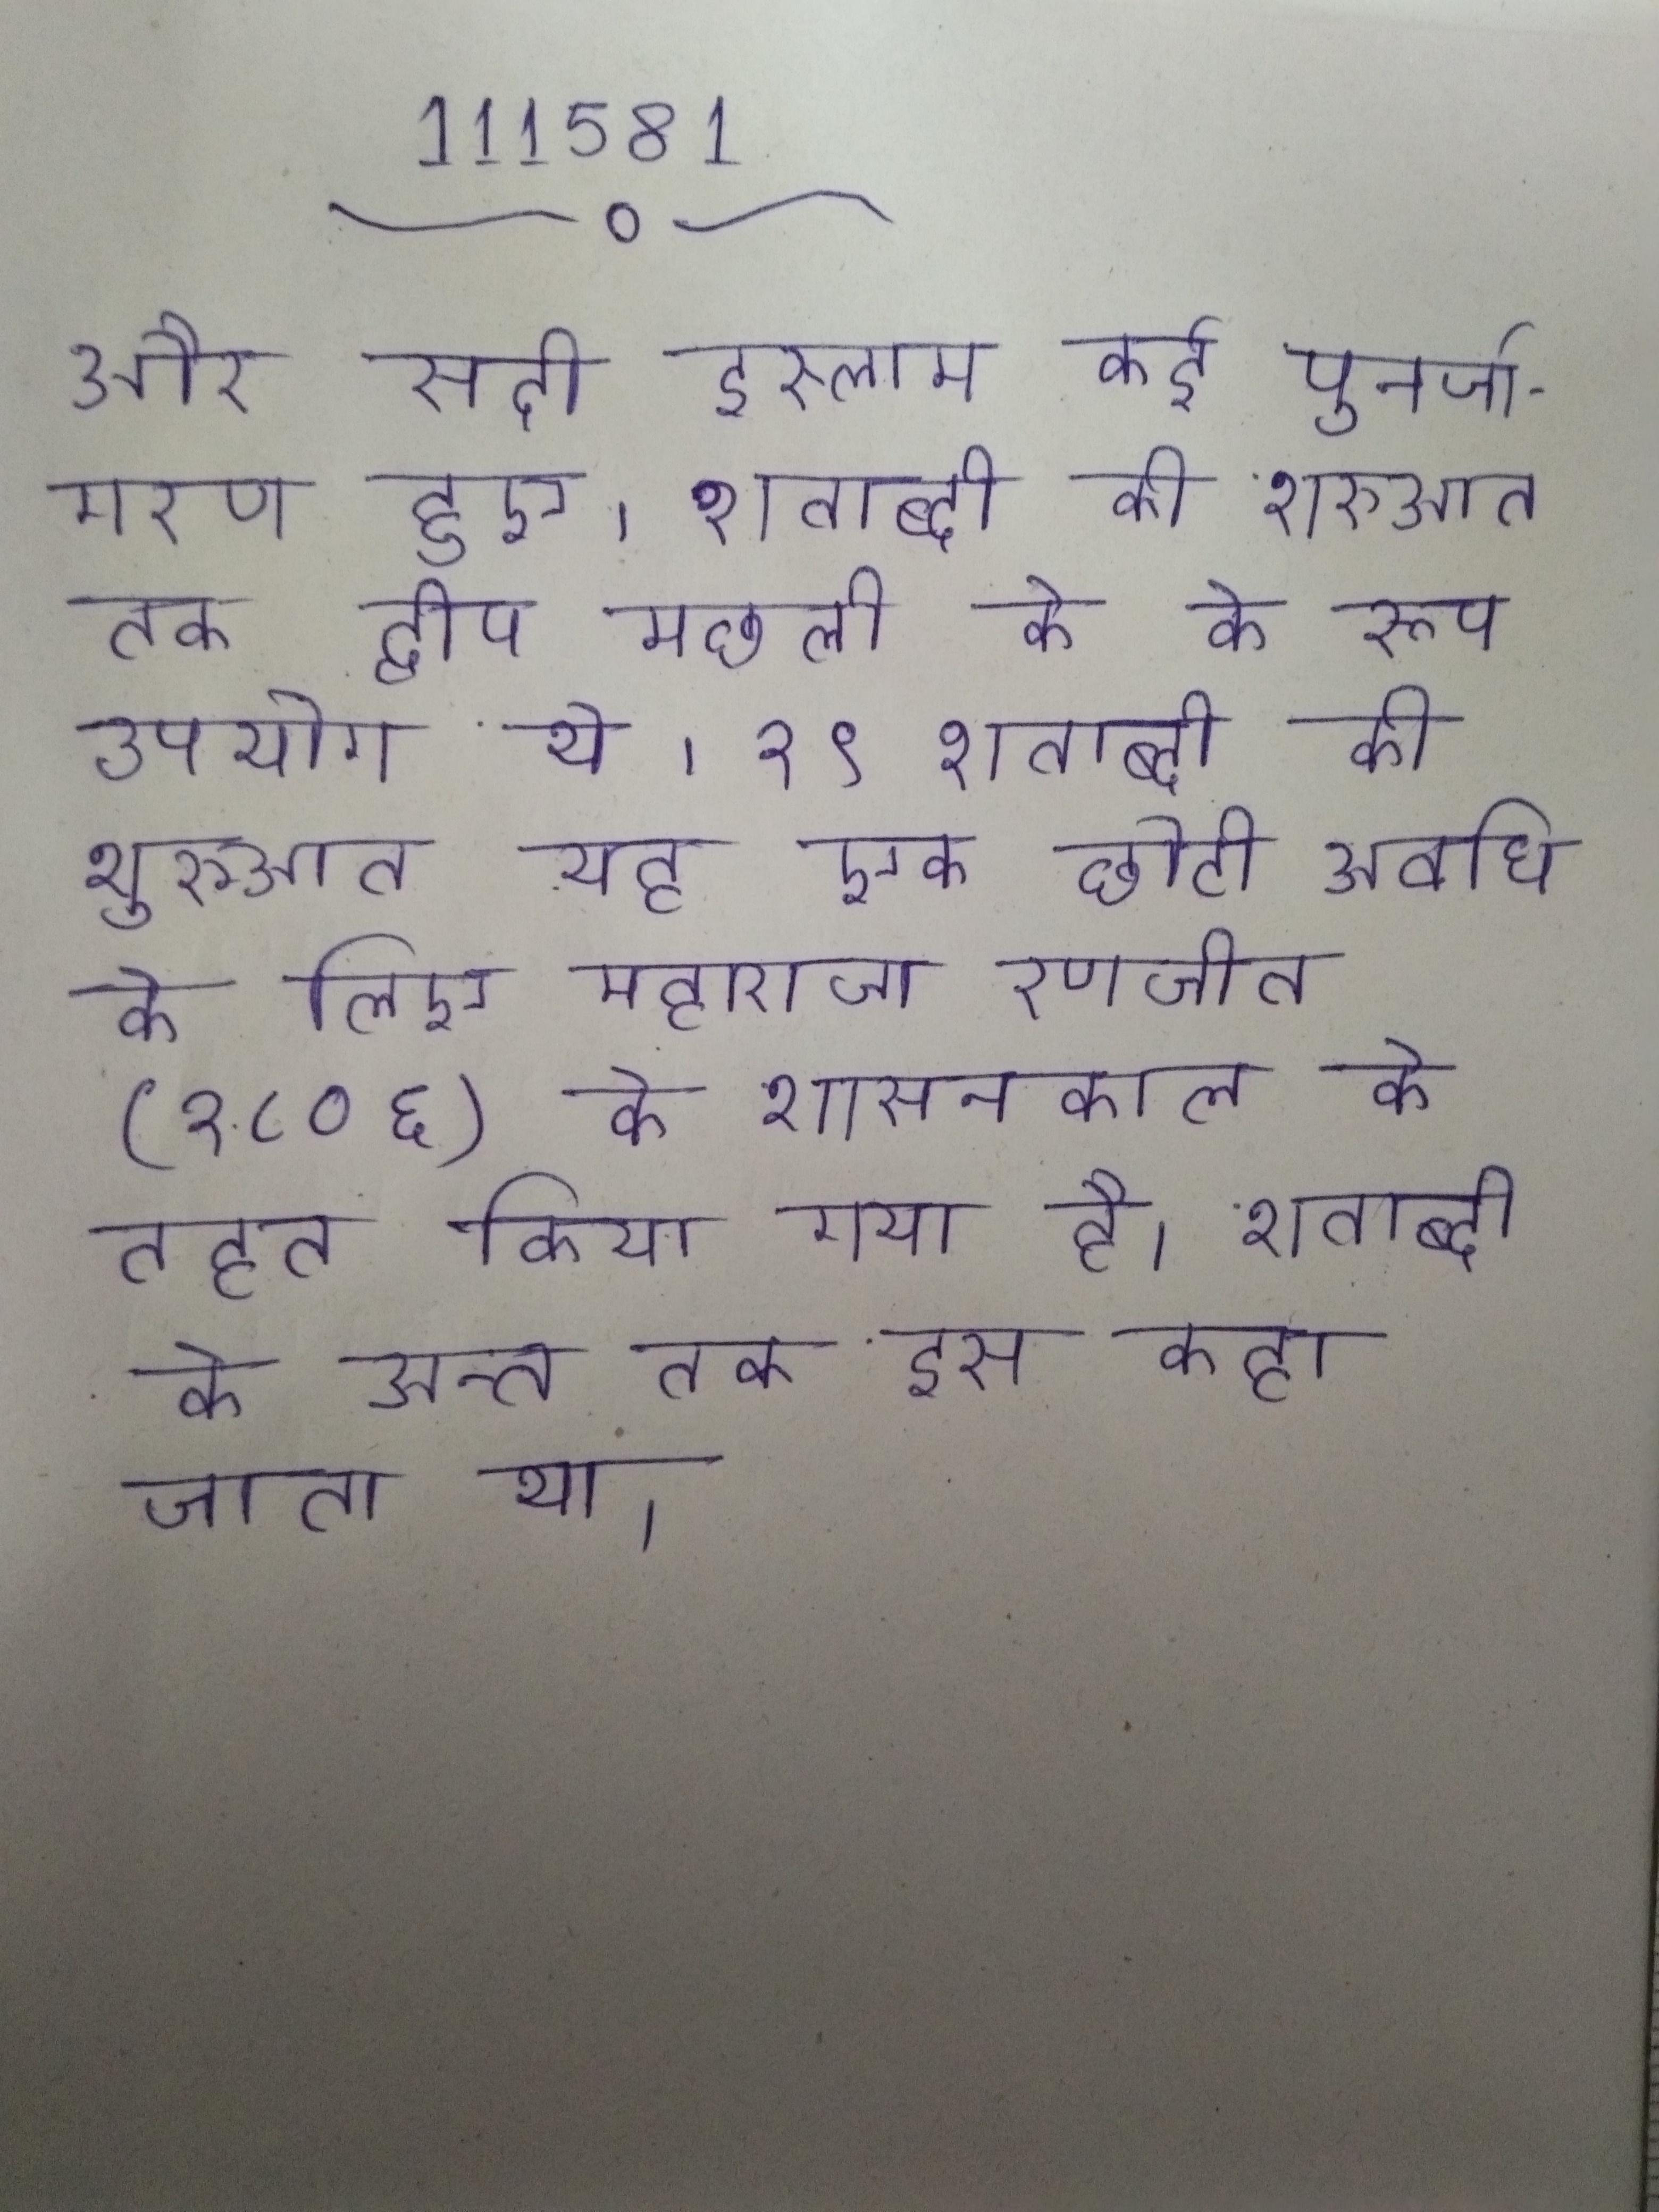
और सदी इस्लाम कई पुनर्जागरण हुए । शताब्दी की शुरुआत तक, द्वीप मछली के के रूप उपयोग थे । १९ शताब्दी की शुरुआत यह एक छोटी अवधि के लिए महाराजा रणजीत (१८०६) के शासनकाल के तहत किया गया है । शताब्दी के अन्त तक इसे कहा जाता था ।